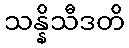
သန္နိသီဒတိ